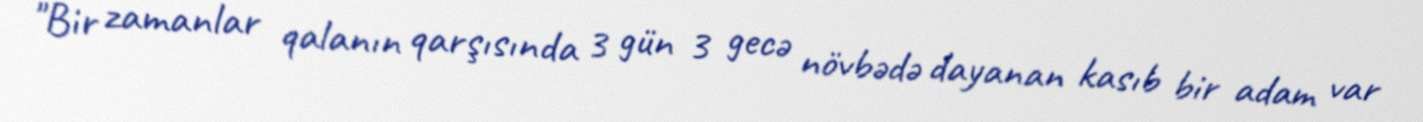
"Bir zamanlar qalanın qarşısında 3 gün 3 gecə növbədə dayanan kasıb bir adam var